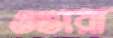
ওভারা